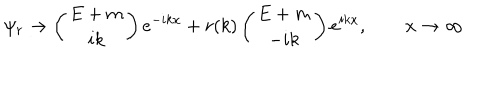
LaTeX: \psi _ { r } \to \left( \begin{array} { c } { { E + m } } \\ { { i k } } \\ \end{array} \right) e ^ { - i k x } + r ( k ) \left( \begin{array} { c } { { E + m } } \\ { { - i k } } \\ \end{array} \right) e ^ { i k x } , \qquad x \to \infty